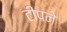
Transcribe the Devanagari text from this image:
टीपने